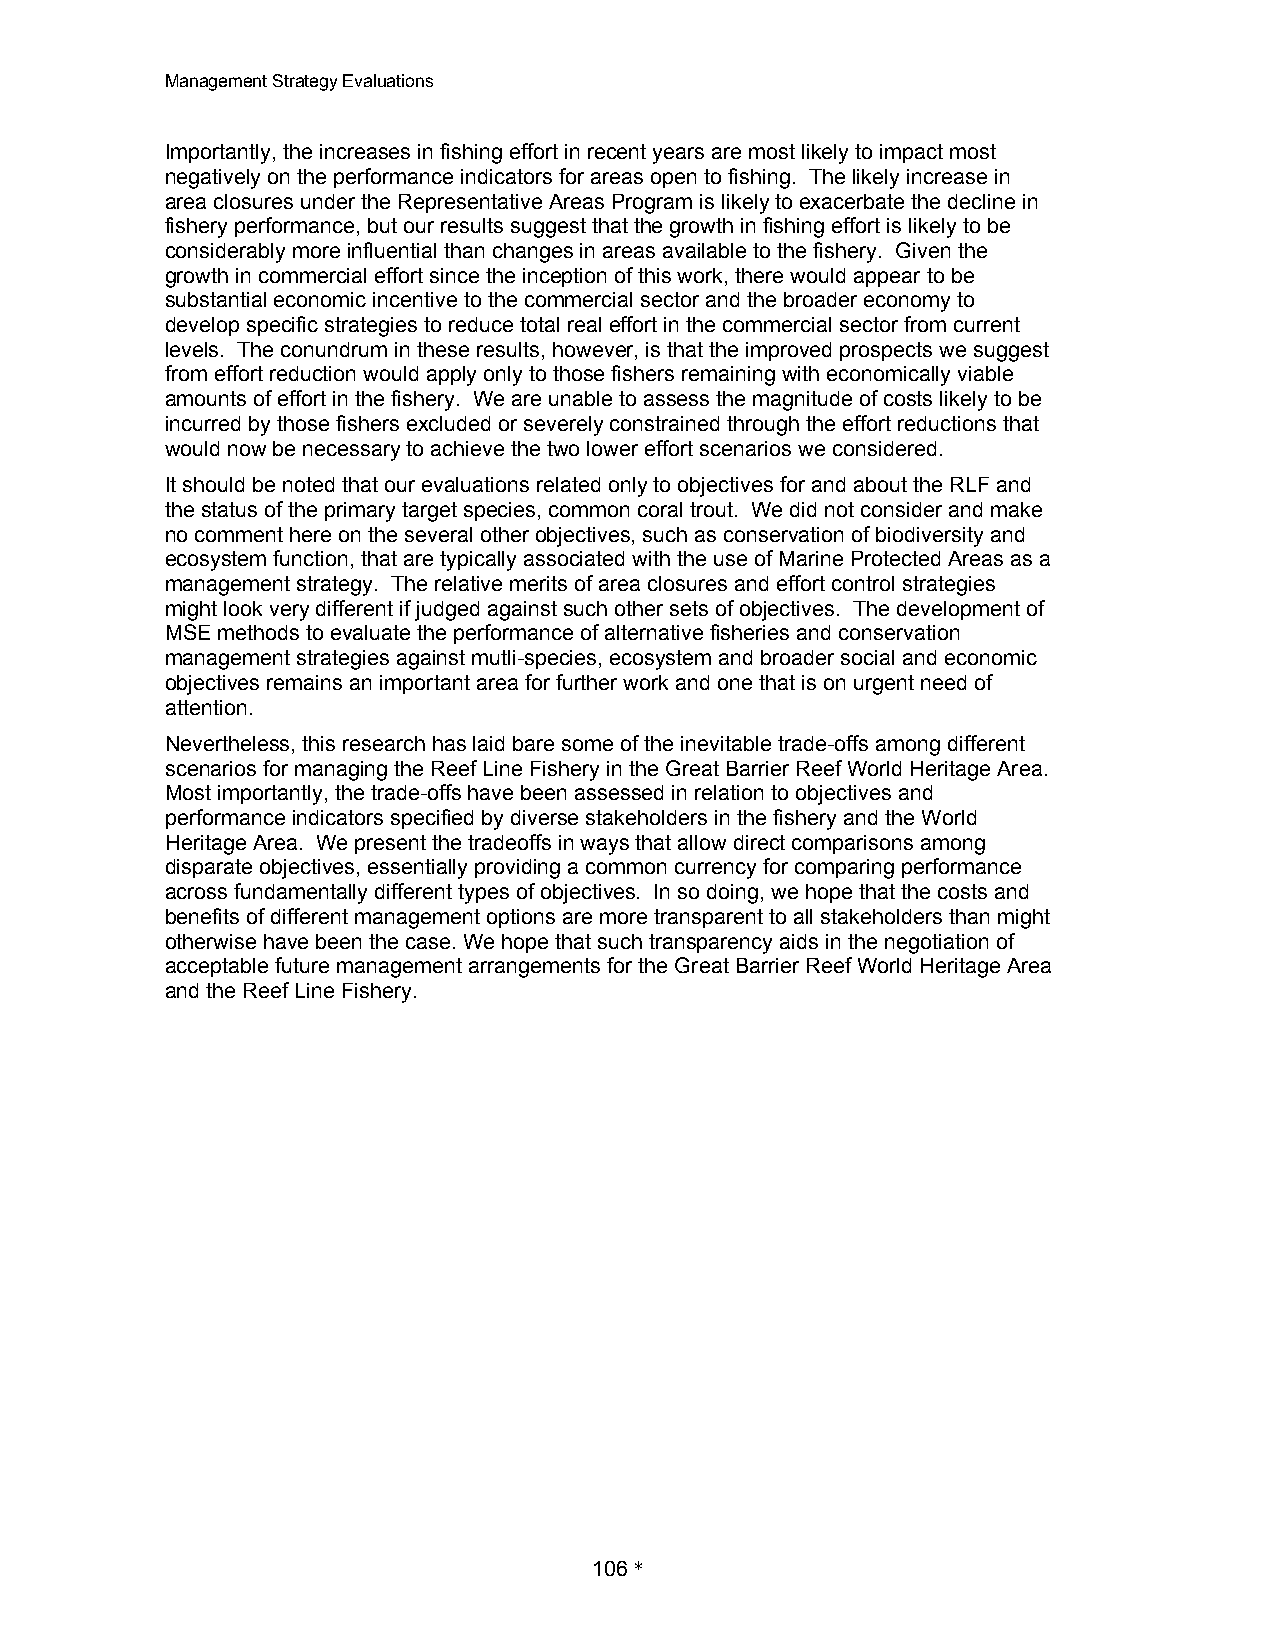
Management Strategy Evaluations
 Importantly, the increases in fishing effort in recent years are most likely to impact most
 negatively on the performance indicators for areas open to fishing. The likely increase in
 area closures under the Representative Areas Program is likely to exacerbate the decline in
 fishery performance, but our results suggest that the growth in fishing effort is likely to be
 considerably more influential than changes in areas available to the fishery. Given the
 growth in commercial effort since the inception of this work, there would appear to be
 substantial economic incentive to the commercial sector and the broader economy to
 develop specific strategies to reduce total real effort in the commercial sector from current
 levels. The conundrum in these results, however, is that the improved prospects we suggest
 from effort reduction would apply only to those fishers remaining with economically viable
 amounts of effort in the fishery. We are unable to assess the magnitude of costs likely to be
 incurred by those fishers excluded or severely constrained through the effort reductions that
 would now be necessary to achieve the two lower effort scenarios we considered.
 It should be noted that our evaluations related only to objectives for and about the RLF and
 the status of the primary target species, common coral trout. We did not consider and make
 no comment here on the several other objectives, such as conservation of biodiversity and
 ecosystem function, that are typically associated with the use of Marine Protected Areas as a
 management strategy. The relative merits of area closures and effort control strategies
 might look very different if judged against such other sets of objectives. The development of
 MSE methods to evaluate the performance of alternative fisheries and conservation
 management strategies against mutli-species, ecosystem and broader social and economic
 objectives remains an important area for further work and one that is on urgent need of
 attention.
 Nevertheless, this research has laid bare some of the inevitable trade-offs among different
 scenarios for managing the Reef Line Fishery in the Great Barrier Reef World Heritage Area.
 Most importantly, the trade-offs have been assessed in relation to objectives and
 performance indicators specified by diverse stakeholders in the fishery and the World
 Heritage Area. We present the tradeoffs in ways that allow direct comparisons among
 disparate objectives, essentially providing a common currency for comparing performance
 across fundamentally different types of objectives. In so doing, we hope that the costs and
 benefits of different management options are more transparent to all stakeholders than might
 otherwise have been the case. We hope that such transparency aids in the negotiation of
 acceptable future management arrangements for the Great Barrier Reef World Heritage Area
 and the Reef Line Fishery.
 106 *